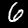
Label: 6